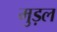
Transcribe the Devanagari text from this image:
मुड़ल